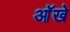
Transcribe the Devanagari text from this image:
आॅखे